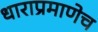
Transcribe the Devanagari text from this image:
धाराप्रमाणेच